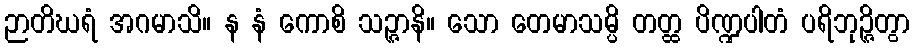
ဉာတိဃရံ အဂမာသိ။ န နံ ကောစိ သဉ္ဇာနိ။ သော တေမာသမ္ပိ တတ္ထ ပိဏ္ဍပါတံ ပရိဘုဉ္ဇိတွာ